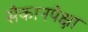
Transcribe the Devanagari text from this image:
सैकानपेक्षा